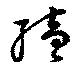
続